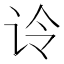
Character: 𰵚